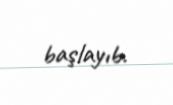
başlayıb.